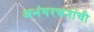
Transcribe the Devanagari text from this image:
अभंगरचनांची